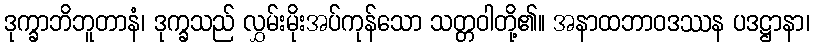
ဒုက္ခာဘိဘူတာနံ၊ ဒုက္ခသည် လွှမ်းမိုးအပ်ကုန်သော သတ္တဝါတို့၏။ အနာထဘာဝဒဿန ပဒဋ္ဌာနာ၊